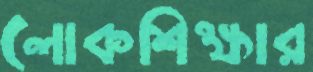
লোকশিক্ষার